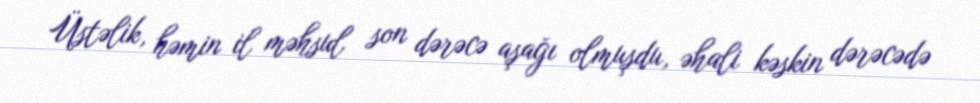
Üstəlik, həmin il məhsul son dərəcə aşağı olmuşdu, əhali kəskin dərəcədə